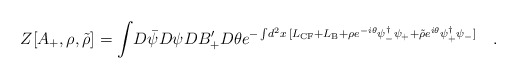
\begin{align*}Z[A_{+},\rho,\tilde{\rho} ] = \int \! D \bar{\psi} D \psi D B_{+}^{\prime} D \theta e^{-\int \! d^2 x\, [ L_{\rm{CF}} + L_{\rm{B}} + \rho e^{-i \theta}\psi^{\dag}_{-}\psi_{+} + \tilde{\rho} e^{ i \theta} \psi^{\dag}_{+}\psi_{-}] } \quad.\end{align*}